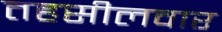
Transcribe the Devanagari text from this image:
तहसीलवार